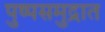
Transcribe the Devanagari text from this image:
पुष्पसमुद्रात